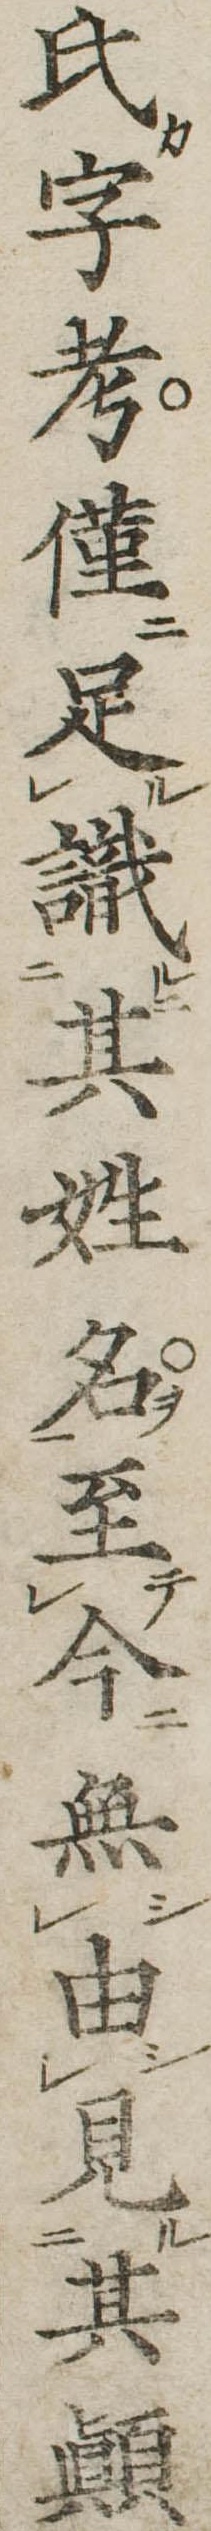
氏字考僅足識其姓名至今無由見其顛